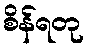
စိန်ရတု